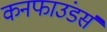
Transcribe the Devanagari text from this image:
कनफाउंडर्स